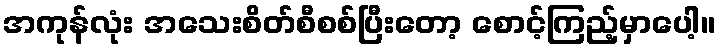
အကုန်လုံး အသေးစိတ်စီစစ်ပြီးတော့ စောင့်ကြည့်မှာပေါ့။